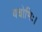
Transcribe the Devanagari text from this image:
वचोभिः।